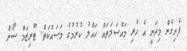
ފެށިގެން މިދަނީ އެ ހުރި މައްސަލަތައް ހައްލު ކުރުމުގެ މަސައްކަތް. ޓޫރިޒަމް ސޯން